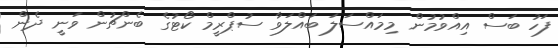
ފަހު ބަސް އިއްވުމުން މިމައްސަލަ ބައްލަވާ ސުޕްރީމް ކޯޓުގެ ބެންޗުން ވަނީ ދެން